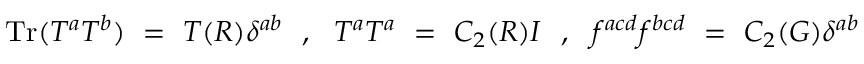
\mathrm { T r } ( T ^ { a } T ^ { b } ) ~ = ~ T ( R ) \delta ^ { a b } ~ ~ , ~ ~ T ^ { a } T ^ { a } ~ = ~ C _ { 2 } ( R ) I ~ ~ , ~ ~ f ^ { a c d } f ^ { b c d } ~ = ~ C _ { 2 } ( G ) \delta ^ { a b }